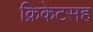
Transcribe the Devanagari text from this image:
क्रिकेटसह